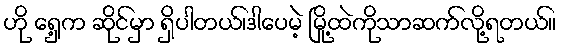
ဟို ရှေ့က ဆိုင်မှာ ရှိပါတယ်၊ဒါပေမဲ့ မြို့ထဲကိုသာဆက်လို့ရတယ်။